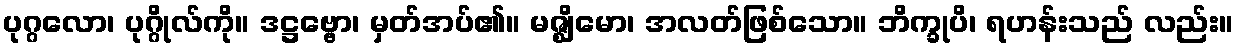
ပုဂ္ဂလော၊ ပုဂ္ဂိုလ်ကို။ ဒဋ္ဌဗ္ဗော၊ မှတ်အပ်၏။ မဇ္ဈိမော၊ အလတ်ဖြစ်သော။ ဘိက္ခုပိ၊ ရဟန်းသည် လည်း။